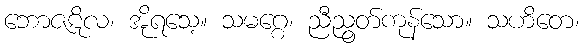
ဘောဇဋိလ၊ အိုရသေ့။ သမဂ္ဂေ၊ ညီညွတ်ကုန်သော။ သဟိတေ၊